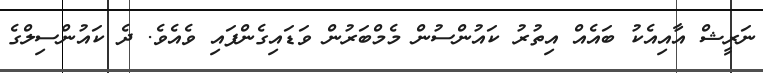
ނަރީޝް އާއިއެކު ބައެއް އިތުރު ކައުންސުން މެމްބަރުން ވަޑައިގެންފައި ވެއެވެ. ދެ ކައުންސިލްގެ